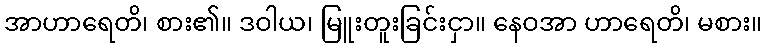
အာဟာရေတိ၊ စား၏။ ဒဝါယ၊ မြူးတူးခြင်းငှာ။ နေဝအာ ဟာရေတိ၊ မစား။